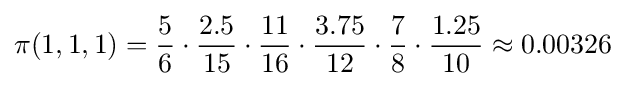
\pi (1,1,1)={\frac {5}{6}}\cdot {\frac {2.5}{15}}\cdot {\frac {11}{16}}\cdot {\frac {3.75}{12}}\cdot {\frac {7}{8}}\cdot {\frac {1.25}{10}}\approx 0.00326